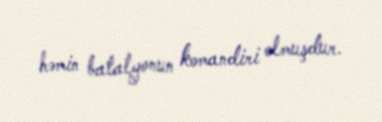
həmin batalyonun komandiri olmuşdur.